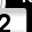
Digit: 2